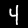
Label: 4